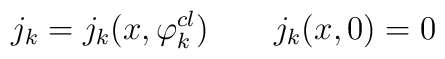
j_k = j_k(x,\varphi^{cl}_k) \qquad j_k(x, 0) = 0